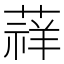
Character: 䔗